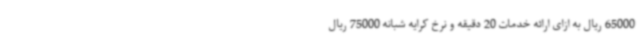
65000 ریال به ازای ارائه خدمات 20 دقیقه و نرخ کرایه شبانه 75000 ریال